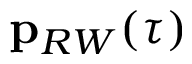
\mathbf { p } _ { R W } ( \tau )